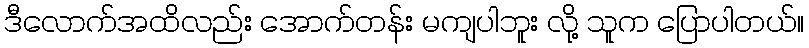
ဒီလောက်အထိလည်း အောက်တန်း မကျပါဘူး လို့ သူက ပြောပါတယ်။